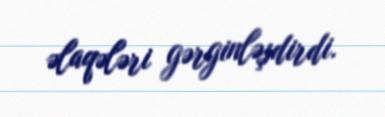
əlaqələri gərginləşdirdi.